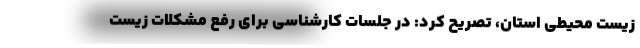
زیست محیطی استان، تصریح کرد: در جلسات کارشناسی برای رفع مشکلات زیست